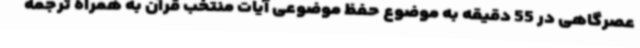
عصرگاهی در 55 دقیقه به موضوع حفظ موضوعی آیات منتخب قرآن به همراه ترجمه